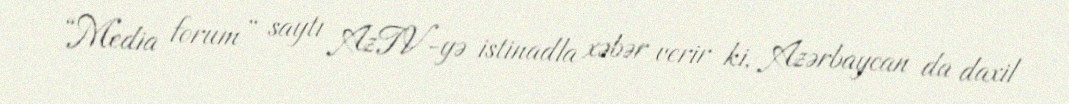
“Media forum” saytı AzTV-yə istinadla xəbər verir ki, Azərbaycan da daxil